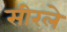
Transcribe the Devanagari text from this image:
सीरले